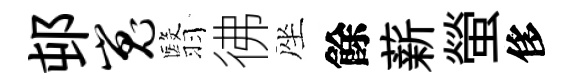
邨嵬翳彿座餘薪螢侈